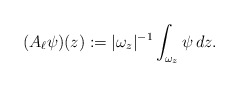
\begin{align*} (A_\ell \psi)(z):=|\omega_z|^{-1}\int_{\omega_z} \psi\,dz. \end{align*}